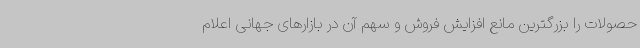
حصولات را بزرگترین مانع افزایش فروش و سهم آن در بازارهای جهانی اعلام